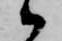
候